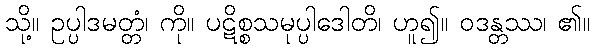
သို့။ ဥပ္ပါဒမတ္တံ၊ ကို။ ပဋိစ္စသမုပ္ပါဒေါတိ၊ ဟူ၍။ ဝဒန္တဿ၊ ၏။